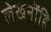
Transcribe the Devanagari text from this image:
लेखनींहि